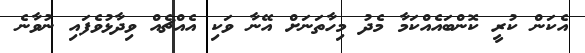
އެކަން ކުރީ ކޮންބައެއްކަމާ މެދު މިހާތަނަށް އޭނާ ވަކި އެއްޗެއް ވިދާޅުވެފައި ނުވާނެ